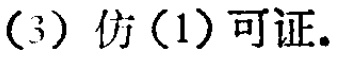
(3) 仿(1)可证.